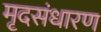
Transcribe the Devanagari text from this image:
मृदसंधारण